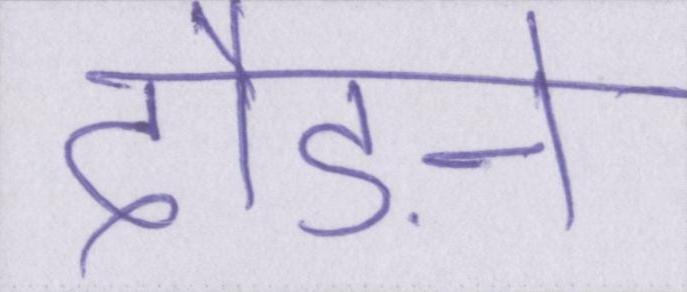
दौड़ने